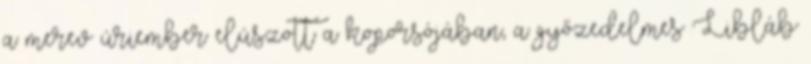
a merev úriember elúszott a koporsójában, a győzedelmes Libláb